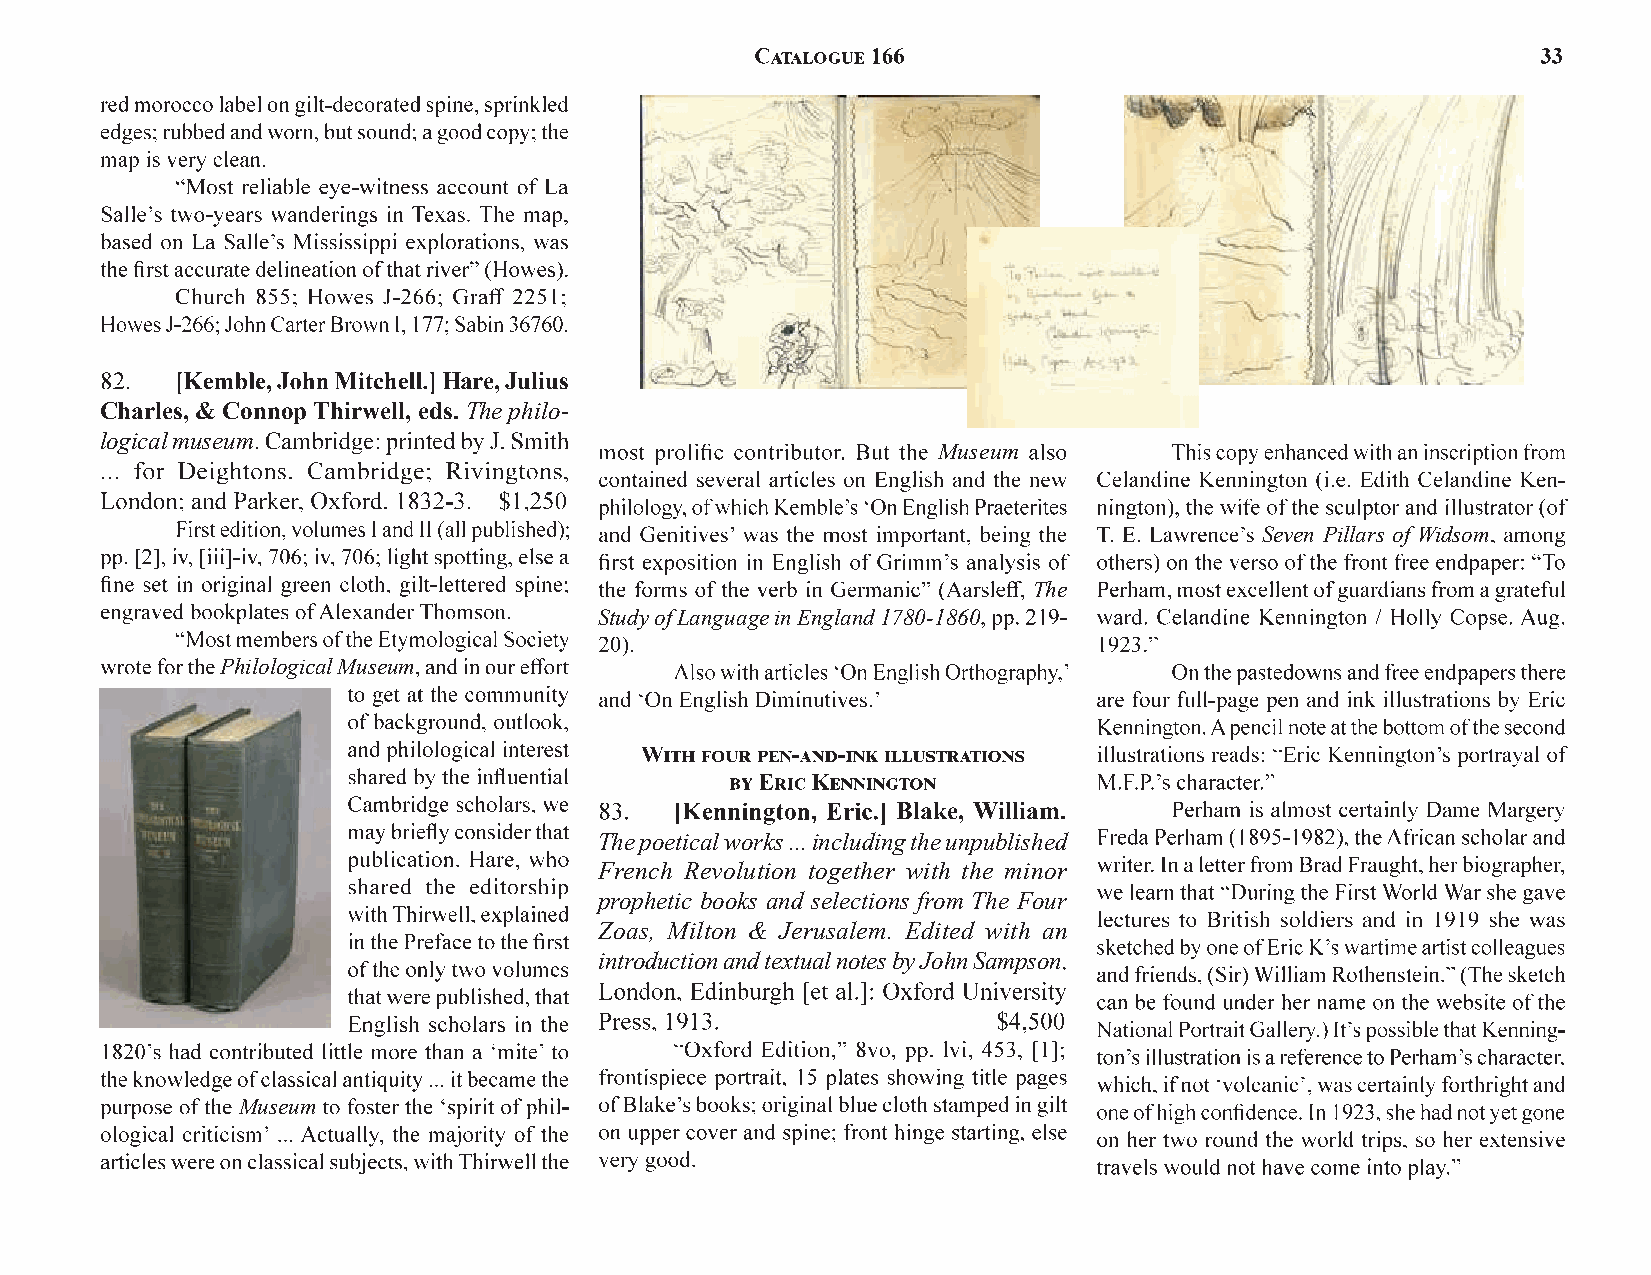
Hare, Julius
 Charles, & Connop Thirwell, eds.The philo-
 logical museum
 Museum
 Seven Pillars of Widsom
 The
 Study of Language in England 1780-1860
 Philological Museum
 Blake, William.
 The poetical works ... including the unpublished
 French Revolution together with the minor
 prophetic books and selections from The Four
 Zoas, Milton & Jerusalem. Edited with an
 introduction and textual notes by John Sampson
 Museum